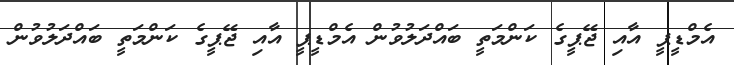
އެމްޑީޕީ އާއި ޖޭޕީގެ ކަންމަތީ ބައްދަލުވުން އެމްޑީޕީ އާއި ޖޭޕީގެ ކަންމަތީ ބައްދަލުވުން